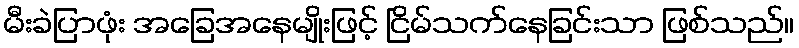
မီးခဲပြာဖုံး အခြေအနေမျိုးဖြင့် ငြိမ်သက်နေခြင်းသာ ဖြစ်သည်။